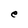
Character: e